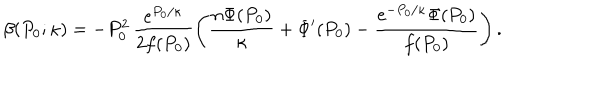
\beta ( P _ { 0 } ; \kappa ) = - P _ { 0 } ^ { 2 } \, \frac { e ^ { P _ { 0 } / \kappa } } { 2 f ( P _ { 0 } ) } \left( \frac { n \Phi ( P _ { 0 } ) } { \kappa } + \Phi ^ { \prime } ( P _ { 0 } ) - \frac { e ^ { - P _ { 0 } / \kappa } \Phi ( P _ { 0 } ) } { f ( P _ { 0 } ) } \right) .